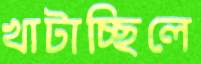
খাটাচ্ছিলে